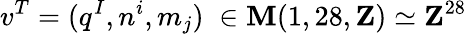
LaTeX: v^{T}=(q^{I},n^{i},m_{j})\; \in\mathbf{M}(1,28,{\mathbf{Z}})\simeq{\mathbf{Z}}^{28}